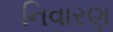
નિવારણ